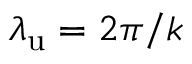
{ \lambda _ { \mathrm { u } } } = 2 \pi / k